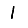
Digit: 1